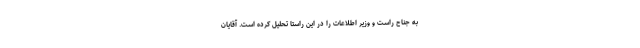
به جناح راست و وزیر اطلاعات را در این راستا تحلیل‌ كرده است. آقایان